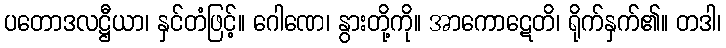
ပတောဒလဋ္ဌီယာ၊ နှင်တံဖြင့်။ ဂေါဏေ၊ နွားတို့ကို။ အာကောဋေတိ၊ ရိုက်နှက်၏။ တဒါ၊